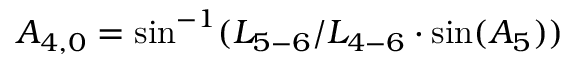
{ A _ { 4 , 0 } } = \sin ^ { - 1 } ( { L _ { 5 - 6 } } / { L _ { 4 - 6 } } \cdot \sin ( { A _ { 5 } } ) )